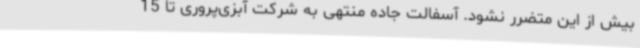
بیش از این متضرر نشود. آسفالت جاده منتهی به شرکت آبزی‌پروری تا 15